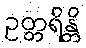
ဥတ္တရိန္တိ